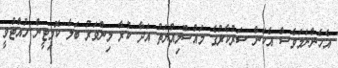
އެހެންނަމަވެސް އެކަން ސަރުކާރުގެ މައްސޫލިއްޔަތު އަދާ ކުރާ މިންވަރު ބަލާ ކޮމިޓީން ހުއްޓުވީ